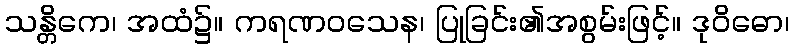
သန္တိကေ၊ အထံ၌။ ကရဏဝသေန၊ ပြုခြင်း၏အစွမ်းဖြင့်။ ဒုဝိဓော၊